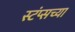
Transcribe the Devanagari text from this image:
स्टंप्सच्या